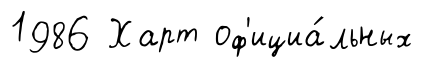
1986 Харт оф'ициа́льных